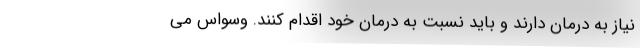
نیاز به درمان دارند و باید نسبت به درمان خود اقدام کنند. وسواس می